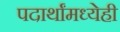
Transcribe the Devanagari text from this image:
पदार्थांमध्येही